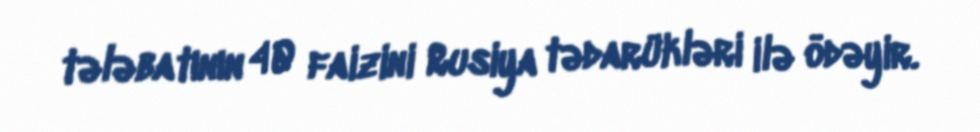
tələbatının 40 faizini Rusiya tədarükləri ilə ödəyir.